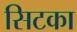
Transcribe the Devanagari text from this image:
सिटका